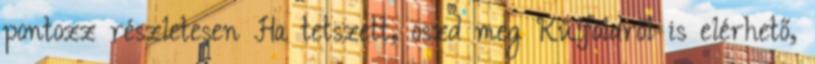
pontozz részletesen Ha tetszett, oszd meg Külföldről is elérhető,